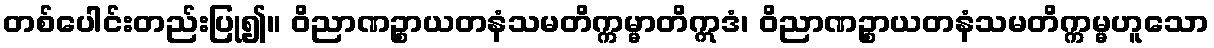
တစ်ပေါင်းတည်းပြု၍။ ဝိညာဏဉ္စာယတနံသမတိက္ကမ္မာတိဣဒံ၊ ဝိညာဏဉ္စာယတနံသမတိက္ကမ္မဟူသော